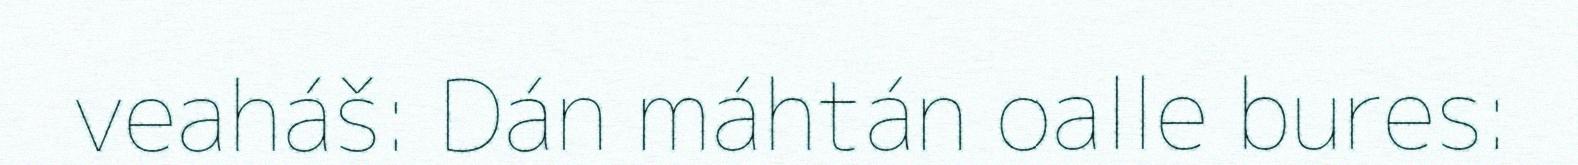
veaháš: Dán máhtán oalle bures: